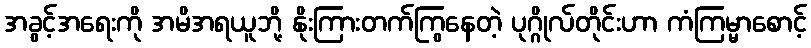
အခွင့်အရေးကို အမိအရယူဘို့ နိုးကြားတက်ကြွနေတဲ့ ပုဂ္ဂိုလ်တိုင်းဟာ ကံကြမ္မာစောင့်